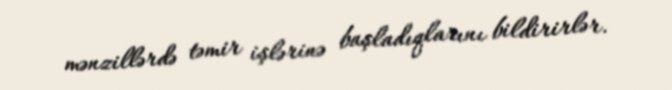
mənzillərdə təmir işlərinə başladıqlarını bildirirlər.